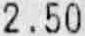
2.50